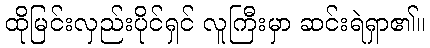
ထိုမြင်းလှည်းပိုင်ရှင် လူကြီးမှာ ဆင်းရဲရှာ၏။